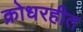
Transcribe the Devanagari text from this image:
क्रोधरहीत